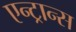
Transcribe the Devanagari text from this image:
एन्ट्रान्स